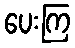
ပေးကြ